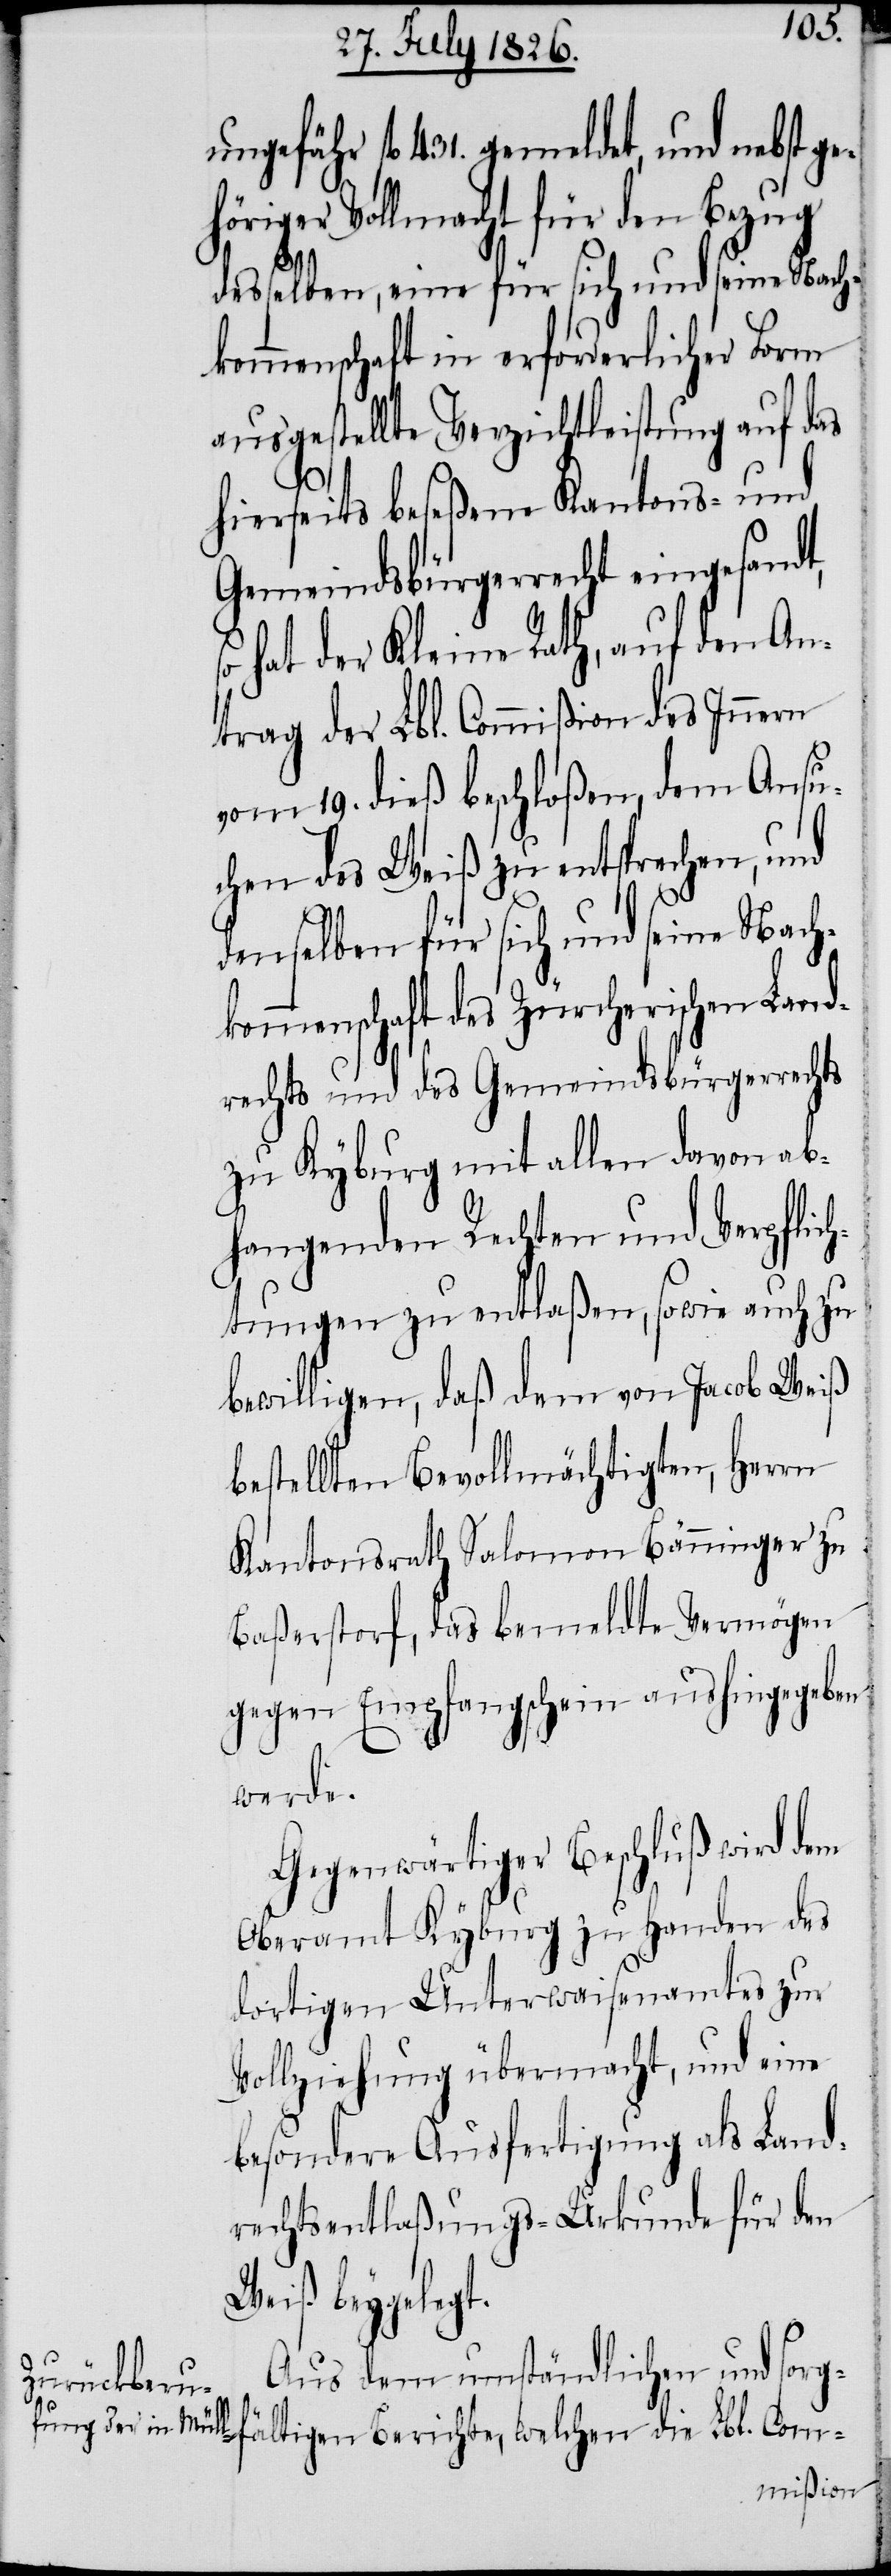
hö¬
ungefähr fl. 431. gemeldet, und nebst ge¬
riger Vollmacht für den Bezug
desselben, eine für sich und seine Nach¬
kommenschaft in erforderlicher Form
ausgestellte Verzichtleistung auf das
hierseits beseßene Kantons- und
Gemeindsbürgerrecht eingesandt,
hat der Kleine Rath, auf den An¬
trag der Lbl. Commißion des Innern
vom 19. dieß beschloßen, dem Ansu¬
chen des Weiß zu entsprechen, und
denselben für sich und seine Nach¬
kommenschaft des Zürcherischen Land¬
rechts und des Gemeindsbürgerrechts
zu Kyburg mit allen davon ab¬
hangenden Rechten und Verpflich¬
tungen zu entlaßen, sowie auch zu
bewilligen, daß dem von Jacob Weiß
bestellten Bevollmächtigten, Herrn
Kantonsrath Salomon Bänninger zu
Baßerstorf, das bemeldte Vermögen
gegen Empfangschein aushingegeben
werde.
Gegenwärtiger Beschluß wir dem
Oberamt Kyburg zu Handen des
dortigen Unterwaisenamtes zur
Vollziehung übermacht, und eine
besondere Ausfertigung als Land¬
rechtsentlaßungs-Urkunde für den
Weiß beygelegt.
Aus dem umständlichen und sorg¬
Berichte,